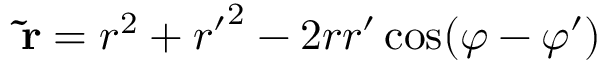
\mathbf { \tilde { r } } = r ^ { 2 } + { r ^ { \prime } } ^ { 2 } - 2 r r ^ { \prime } \cos ( \varphi - \varphi ^ { \prime } )